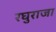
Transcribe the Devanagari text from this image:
रघुराजा